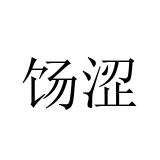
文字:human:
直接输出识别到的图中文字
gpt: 饧涩